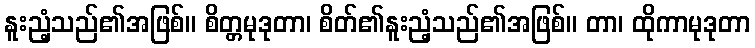
နူးညံ့သည်၏အဖြစ်။ စိတ္တမုဒုတာ၊ စိတ်၏နူးညံ့သည်၏အဖြစ်။ တာ၊ ထိုကာမုဒုတာ